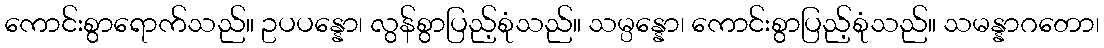
ကောင်းစွာရောက်သည်။ ဥပပန္နော၊ လွန်စွာပြည့်စုံသည်။ သမ္ပန္နော၊ ကောင်းစွာပြည့်စုံသည်။ သမန္နာဂတော၊